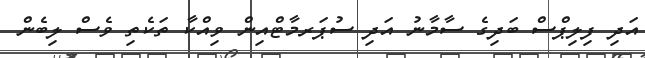
އަދި ފިލިޕްސް ބަދިގެ ސާމާނު އަދި ސުޕަރމާޓްއިން ވިއްކާ ތަކެތި ވެސް ލިބެން